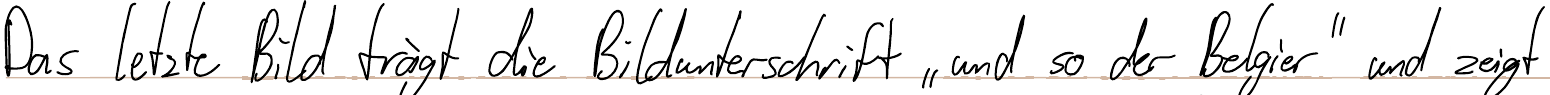
Das letzte Bild trägt die Bildunterschrift "und so der Belgier" und zeigt